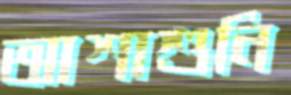
আশাশুনি